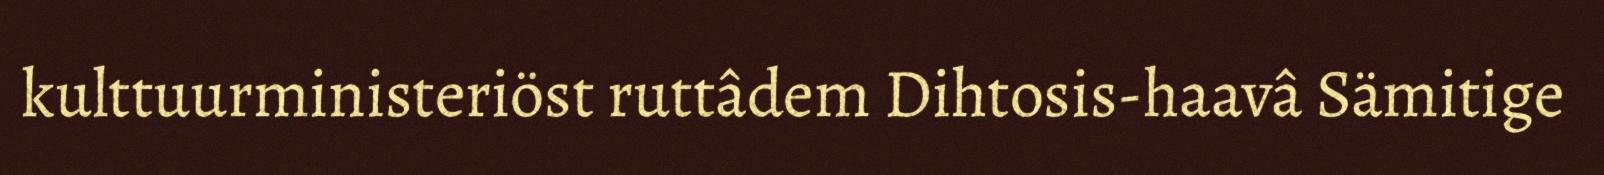
kulttuurministeriöst ruttâdem Dihtosis-haavâ Sämitige